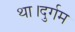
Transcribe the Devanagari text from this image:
था।दुर्गम